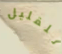
للقليل